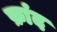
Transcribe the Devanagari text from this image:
फ़ांद